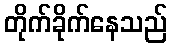
တိုက်ခိုက်နေသည်